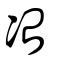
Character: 冶